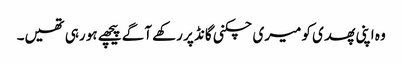
وہ اپنی پھدی کو میری چکنی گانڈ پر رکھے آگے پیچھے ہو رہی تھیں۔